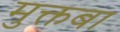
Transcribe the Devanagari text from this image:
मुक्तबा